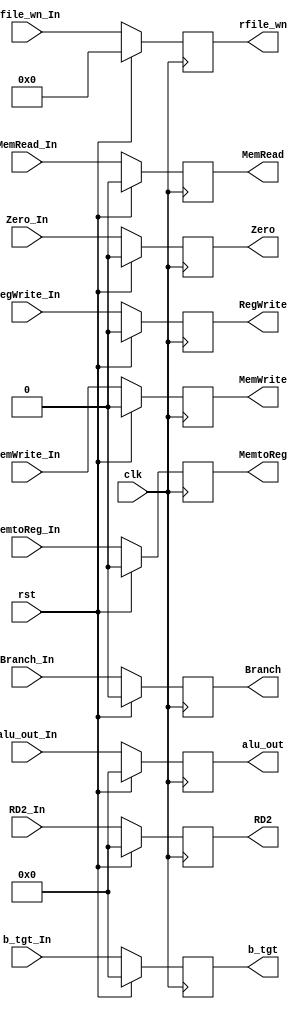
`timescale 1ns/1ns
module EX_MEM (clk, rst, RegWrite_In, RegWrite, MemtoReg_In, MemtoReg, MemRead_In, MemRead, MemWrite_In, MemWrite,
                Branch_In, Branch, b_tgt_In, b_tgt, Zero_In, Zero, alu_out_In, alu_out, RD2_In, RD2, rfile_wn_In, rfile_wn );
  input clk, rst;
  // TO BE REGISTERED FOR ID STAGE
  input RegWrite_In, MemtoReg_In, MemRead_In, MemWrite_In, Branch_In, Zero_In;
  input [4:0] rfile_wn_In;
  input [31:0] b_tgt_In, alu_out_In, RD2_In;
  // REGISTERED VALUES FOR ID STAGE
  output reg RegWrite, MemtoReg, MemRead, MemWrite, Branch, Zero;
  output reg [4:0] rfile_wn;
  output reg [31:0] b_tgt, alu_out, RD2;

  always @ (posedge clk) begin
    if (rst) begin
      {RegWrite, MemtoReg, MemRead, MemWrite, Branch, b_tgt, Zero, alu_out, RD2, rfile_wn} <= 0;
    end
    else begin
      RegWrite <= RegWrite_In;
      MemtoReg <= MemtoReg_In;
      MemRead <= MemRead_In;
      MemWrite <= MemWrite_In;
      Branch <= Branch_In;
      b_tgt <= b_tgt_In;
      Zero <= Zero_In;
	  alu_out <= alu_out_In;
	  RD2 <= RD2_In;
	  rfile_wn <= rfile_wn_In;
    end
  end
endmodule // EXE_MEM